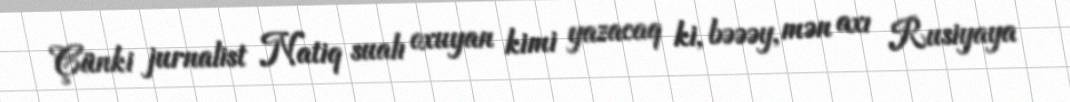
Çünki jurnalist Natiq sualı oxuyan kimi yazacaq ki, bəəəy, mən axı Rusiyaya